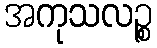
အကုသလဉ္စ